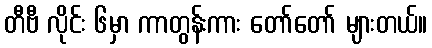
တီဗီ လိုင်း ၆မှာ ကာတွန်းကား တော်တော် များတယ်။